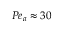
P e _ { a } \approx 3 0